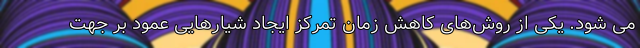
می شود. یکی از روش‌های کاهش زمان تمرکز ایجاد شیارهایی عمود بر جهت